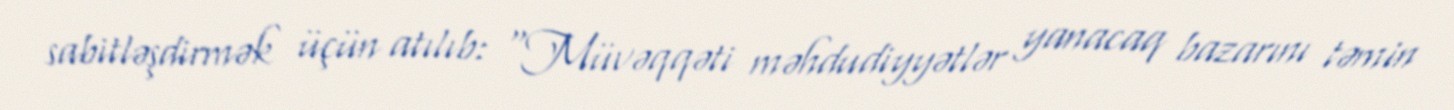
sabitləşdirmək üçün atılıb: “Müvəqqəti məhdudiyyətlər yanacaq bazarını təmin